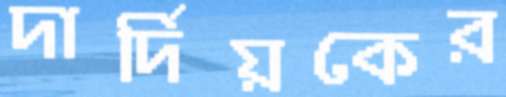
দার্দিয়কের